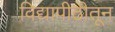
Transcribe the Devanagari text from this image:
विद्यापीठीतून